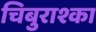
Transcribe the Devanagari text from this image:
चिबुराश्का